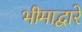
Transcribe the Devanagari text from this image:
भीमाद्वारे